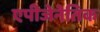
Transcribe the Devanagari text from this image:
एपीजेनेतिक